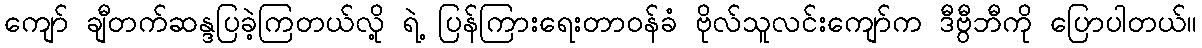
ကျော် ချီတက်ဆန္ဒပြခဲ့ကြတယ်လို့ ရဲ့ ပြန်ကြားရေးတာဝန်ခံ ဗိုလ်သူလင်းကျော်က ဒီဗွီဘီကို ပြောပါတယ်။